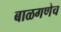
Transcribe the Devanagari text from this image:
बाळगणेच